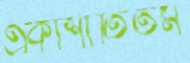
একাশীতিতম